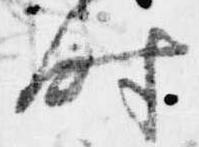
時